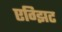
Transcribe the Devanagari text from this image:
एग्झिट